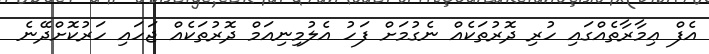
އެފް ޢިމާރާތެއްގައި ހުރި ދޮރުތަކެއް ނެގުމަށް ފަހު އެލުމިނިއަމް ދޮރުތަކެއް ޖަހައި ހަރުކޮށްދޭނެ